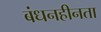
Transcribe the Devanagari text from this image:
बंधनहीनता